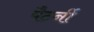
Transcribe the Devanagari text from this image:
पैटर्नी